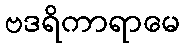
ဗဒရိကာရာမေ